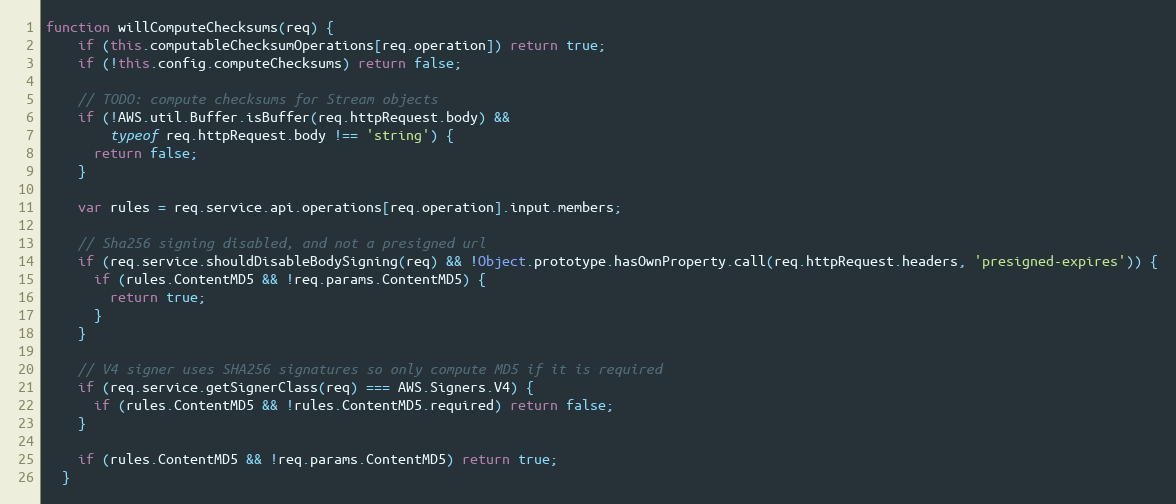
Language: JavaScript
function willComputeChecksums(req) {
    if (this.computableChecksumOperations[req.operation]) return true;
    if (!this.config.computeChecksums) return false;

    // TODO: compute checksums for Stream objects
    if (!AWS.util.Buffer.isBuffer(req.httpRequest.body) &&
        typeof req.httpRequest.body !== 'string') {
      return false;
    }

    var rules = req.service.api.operations[req.operation].input.members;

    // Sha256 signing disabled, and not a presigned url
    if (req.service.shouldDisableBodySigning(req) && !Object.prototype.hasOwnProperty.call(req.httpRequest.headers, 'presigned-expires')) {
      if (rules.ContentMD5 && !req.params.ContentMD5) {
        return true;
      }
    }

    // V4 signer uses SHA256 signatures so only compute MD5 if it is required
    if (req.service.getSignerClass(req) === AWS.Signers.V4) {
      if (rules.ContentMD5 && !rules.ContentMD5.required) return false;
    }

    if (rules.ContentMD5 && !req.params.ContentMD5) return true;
  }